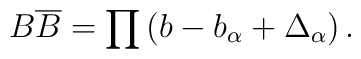
B\overline{B}=\prod \left(b-b_{\alpha}+\Delta_{\alpha}\right).